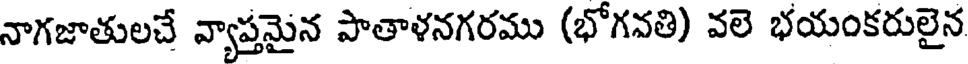
నాగజాతులచే వ్యాప్తమైన పాతాళనగరము (భోగవతి) వలె భయంకరులైన